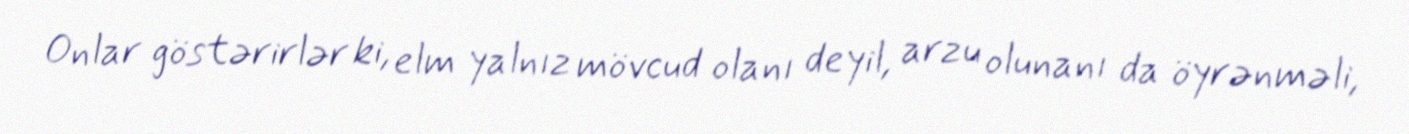
Onlar göstərirlər ki, elm yalnız mövcud olanı deyil, arzu olunanı da öyrənməli,